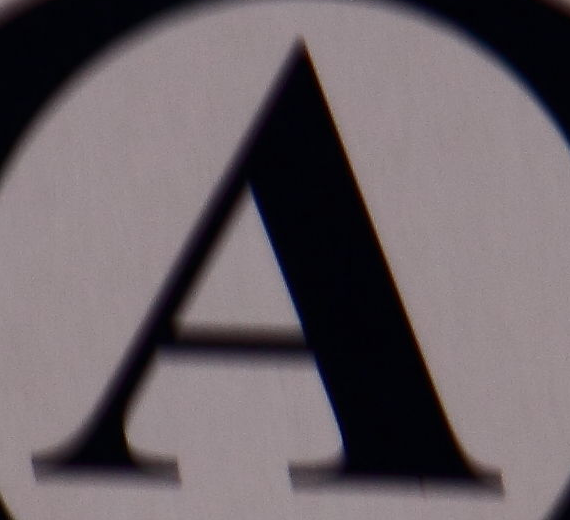
A